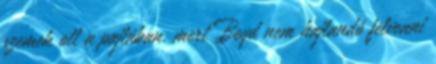
szemek ott a pajtában, mert Boyd nem hajlandó felvenni